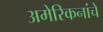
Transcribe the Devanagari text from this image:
अमेरिकनांचे